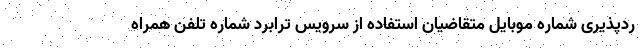
ردپذیری شماره موبایل متقاضیان استفاده از سرویس ترابرد شماره تلفن همراه